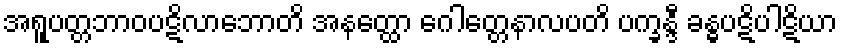
အရူပတ္တဘာဝပဋိလာဘောတိ အနတ္ထော ဂေါတ္တေနာလပတိ ပက္ခန္ဒီ ခန္ဓပဋိပါဋိယာ